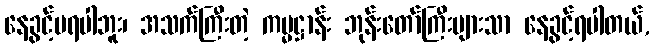
နေခွင့်မရပါဘူး၊ အသက်ကြီးတဲ့ ကမ္မဋ္ဌာန်း ဘုန်းတော်ကြီးများသာ နေခွင့်ရပါတယ်,